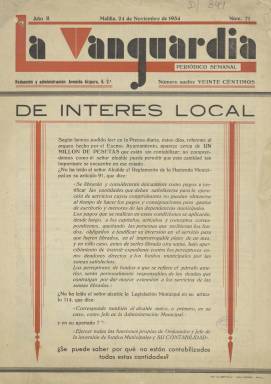
Título: La Vanguardia (Melilla)
Colección: Revistas de información general
Ámbito geográfico: Melilla
Lugar de publicación: Melilla
Fechas: 24/11/1934-24/11/1934

Este “periódico semanal” comenzó a publicarse en Melilla en 1933, como órgano de Acción Popular y afín a la CEDA, una ciudad en la que no se contabilizan títulos de publicaciones obreras durante el periodo republicano, y “sí buen número de claro predominio conservador” y centrista (Checa Godoy: 1989), entre los que se encontraría otro “diario católico social”, también de la CEDA, El Ideal (1935-1937). La colección de La Vanguardia melillense en la Biblioteca Nacional de España (BNE) sólo lo integra su número 71, en su segundo año de edición, correspondiente al 24 de noviembre de 1934. Consta de doce páginas, sin foliar y compuestas a una o tres columnas, y con las cubiertas estampadas a dos tintas.

En su cubierta da cuenta de una nota de “interés local” sobre la falta de contabilización de un millón de pesetas en las arcas del Ayuntamiento de Melilla, y en la plana que hace de portada reproduce una carta del general José Millán Astray dirigida al comandante de Asalto y capitán de la Legión Carlos Silva en la toma del edificio de la Diputación Provincial de Oviedo, en cuya introducción se señala la “magnífica lección de patriotismo” del citado Millán Astray o la del general Francisco Franco frente “a los hombres de abril de 1931”.

El grueso de sus páginas las dedica a dos temas muy concretos. Lo que parece la reproducción de un texto o crónica sacada del reciente libro La CEDA va a gobernar, publicado por redactor político madrileño Francisco Casares, bajo el epígrafe Actualidad nacional; y el discurso sobre la actuación de las derechas pronunciado en el Congreso de los Diputados por el líder de esta agrupación política, José María Gil Robles, el 16 de noviembre de 1934, que ocupa más de cuatro páginas del semanario. Junto a estos largos textos inserta una Sección religiosa y otra denominada Pildoritas, firmada con el seudónimo Frasquitillo.

La publicación cuenta con numerosas inserciones de publicidad de establecimientos comerciales melillenses. La dirección de La Vanguardia se le atribuye a José Sánchez Rueda, cuando salió ileso de un tiroteo el cuatro de marzo de 1936 en Melilla (Juana Alias Rodríguez: 1985). Referencias a la prensa melillense se encuentran en la obra de 1956 de Fernando Valderrama Martínez, y en Vicente Morga Rivero (1985).